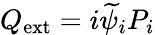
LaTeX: Q_{\mathrm{ext}}=i\widetilde{\psi}_{i}P_{i}